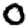
Digit: 0